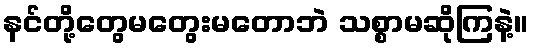
နင်တို့တွေမတွေးမတောဘဲ သစ္စာမဆိုကြနဲ့။